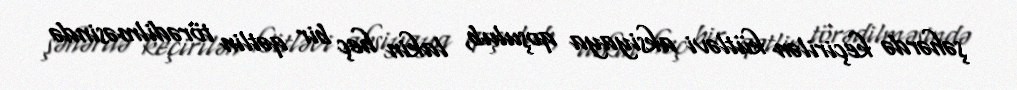
şəhərdə keçirilən kütləvi aksiyaya qoşulub, lakin heç bir qətlin törədilməsində